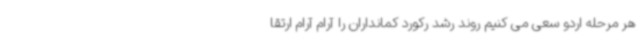
هر مرحله اردو سعی می کنیم روند رشد رکورد کمانداران را آرام آرام ارتقا